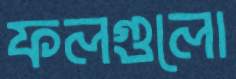
ফলগুলো